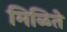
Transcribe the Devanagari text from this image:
मिळिते